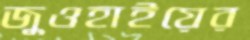
জুওহাইয়ের